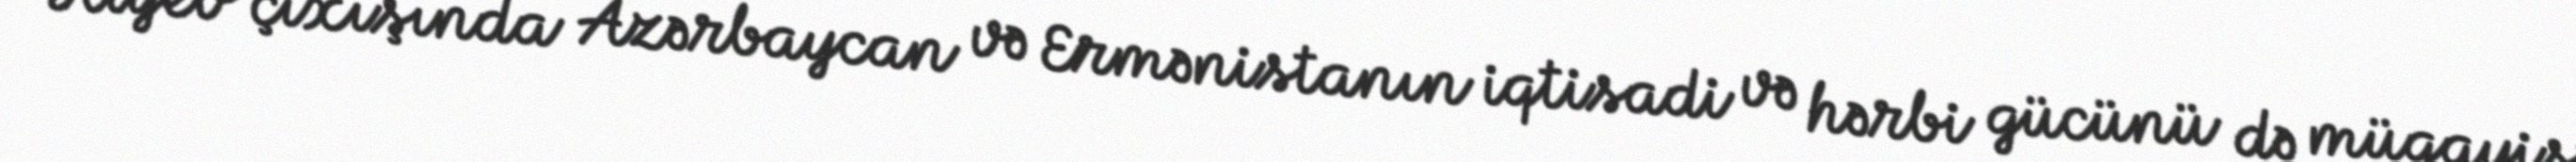
Əliyev çıxışında Azərbaycan və Ermənistanın iqtisadi və hərbi gücünü də müqayisə